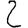
Digit: 2